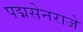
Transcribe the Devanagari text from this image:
पद्मसेनराजे